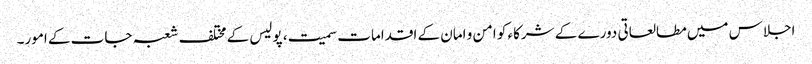
اجلاس میں مطالعاتی دورے کے شرکاء کو امن و امان کے اقدامات سمیت، پولیس کے مختلف شعبہ جات کے امور۔